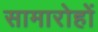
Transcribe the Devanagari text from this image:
सामारोहों